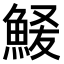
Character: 𫙞